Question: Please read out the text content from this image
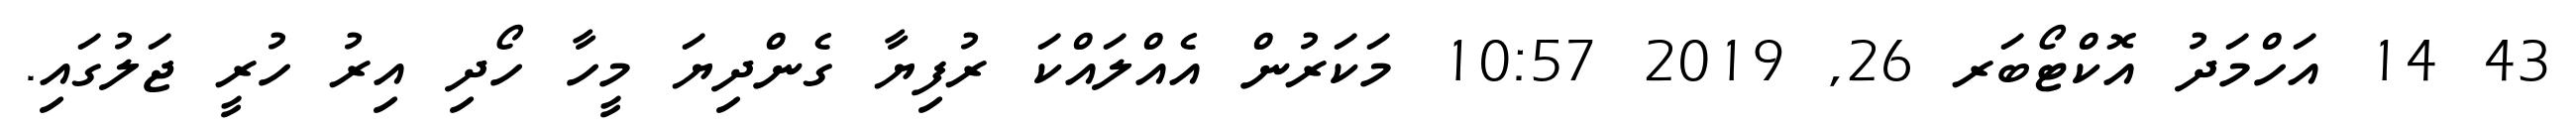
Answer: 43 14 އަހްމަދު އޮކްޓޯބަރ 26, 2019 10:57 މަކަރުން އެއްލައްކަ ރުފިޔާ ގެންދިޔަ މީހާ ހޯދި އިރު ހުރީ ޖަލުގައި.